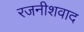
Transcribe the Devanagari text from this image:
रजनीशवाद